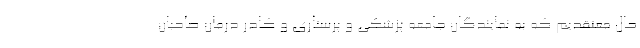
حال معتقدیم که به نمایندگان جامعه پزشکی و پرستاری و کادر درمان صاحبان